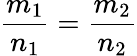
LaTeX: {\frac{m_{1}}{n_{1}}}={\frac{m_{2}}{n_{2}}}